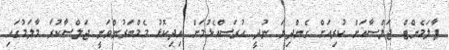
ޕާލަމެންޓް ޖަލްސާއަށް ކުރިއަށް ގެންދިޔަ ނުދީ ހުރަސްއެޅުމަށް އިދިކޮޅު މެމްބަރުންވަނީ ޖަލްސާކުރާ މާލަމުގައި